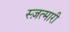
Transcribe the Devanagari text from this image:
स्ज़त्मारी